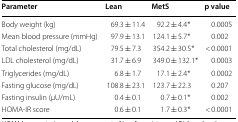
<table><thead><tr><td><b>Parameter</b></td><td><b>Lean</b></td><td><b>MetS</b></td><td><b>p value</b></td></tr></thead><tbody><tr><td>Body weight (kg)</td><td>69.3 ± 11.4</td><td>92.2 ± 4.4*</td><td>0.0005</td></tr><tr><td>Mean blood pressure (mmHg)</td><td>97.9 ± 13.1</td><td>124.1 ± 5.7*</td><td>0.002</td></tr><tr><td>Total cholesterol (mg/dL)</td><td>79.5 ± 7.3</td><td>354.2 ± 30.5*</td><td>&lt; 0.0001</td></tr><tr><td>LDL cholesterol (mg/dL)</td><td>31.7 ± 6.9</td><td>349.0 ± 132.1*</td><td>0.0003</td></tr><tr><td>Triglycerides (mg/dL)</td><td>6.8 ± 1.7</td><td>17.1 ± 2.4*</td><td>0.0002</td></tr><tr><td>Fasting glucose (mg/dL)</td><td>108.8 ± 23.1</td><td>123.7 ± 22.3</td><td>0.207</td></tr><tr><td>Fasting insulin (μU/mL)</td><td>0.4 ± 0.1</td><td>0.7 ± 0.1*</td><td>0.002</td></tr><tr><td>HOMA-IR score</td><td>0.6 ± 0.1</td><td>1.7 ± 0.3*</td><td>&lt; 0.0001</td></tr></tbody></table>